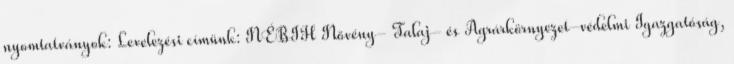
nyomtatványok: Levelezési címünk: NÉBIH Növény- Talaj- és Agrárkörnyezet-védelmi Igazgatóság,